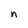
Character: n